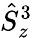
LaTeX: \hat{S}_{z}^{3}